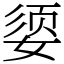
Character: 媭